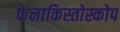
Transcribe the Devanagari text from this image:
फेनाकिस्तोस्कोप